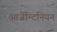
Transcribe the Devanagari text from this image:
आर्जेन्टिनियन